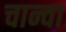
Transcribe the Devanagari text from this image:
चान्वा